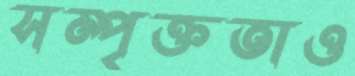
সম্পৃক্ততাও